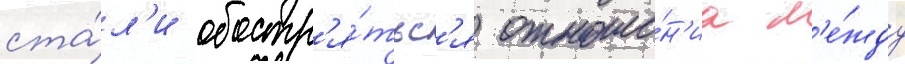
ста́л'и обостр'я́тьс'я отноше́н'иа м'е́жду